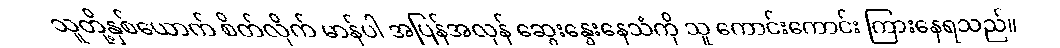
သူတို့နှစ်ယောက် စိတ်လိုက် မာန်ပါ အပြန်အလှန် ဆွေးနွေးနေသံကို သူ ကောင်းကောင်း ကြားနေရသည်။